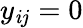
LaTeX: y_{\mathit{i}j}=0